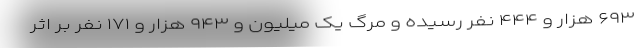
۶۹۳ هزار و ۴۴۴ نفر رسیده و مرگ یک میلیون و ۹۴۳ هزار و ۱۷۱ نفر بر اثر